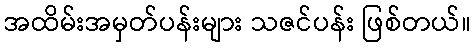
အထိမ်းအမှတ်ပန်းများ သဇင်ပန်း ဖြစ်တယ်။